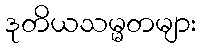
ဒုတိယသမ္မတများ